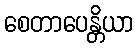
စေတာပေန္တိယာ